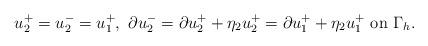
LaTeX: \begin{align*} u_2^+=u_2^-=u_1^+,\ \partial u_2^-=\partial u_2^++\eta_2 u_2^+=\partial u_1^+ +\eta_2 u_1^+\ \mathrm {on} \ \Gamma_h. \end{align*}